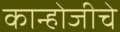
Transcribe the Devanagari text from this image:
कान्होजीचे